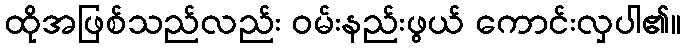
ထိုအဖြစ်သည်လည်း ဝမ်းနည်းဖွယ် ကောင်းလှပါ၏။